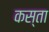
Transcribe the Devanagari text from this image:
कस्‍ता